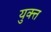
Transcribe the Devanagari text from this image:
युक्त्त